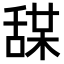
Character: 𦧤